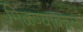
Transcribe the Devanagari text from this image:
मिळण्याबद्दल